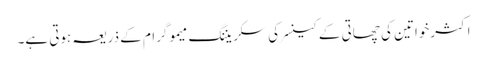
اکثرخواتین کی چھاتی کے کینسرکی سکریننگ میموگرام کے ذریعہ ہوتی ہے۔